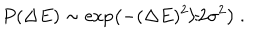
P ( \Delta E ) \sim \exp \left( - ( \Delta E ) ^ { 2 } / 2 \sigma ^ { 2 } \right) \ .